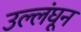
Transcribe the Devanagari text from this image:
उल्लंघून